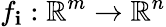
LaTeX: f_{\mathbf{i}}:\mathbb{{R}}^{m}\to\mathbb{{R}}^{n}